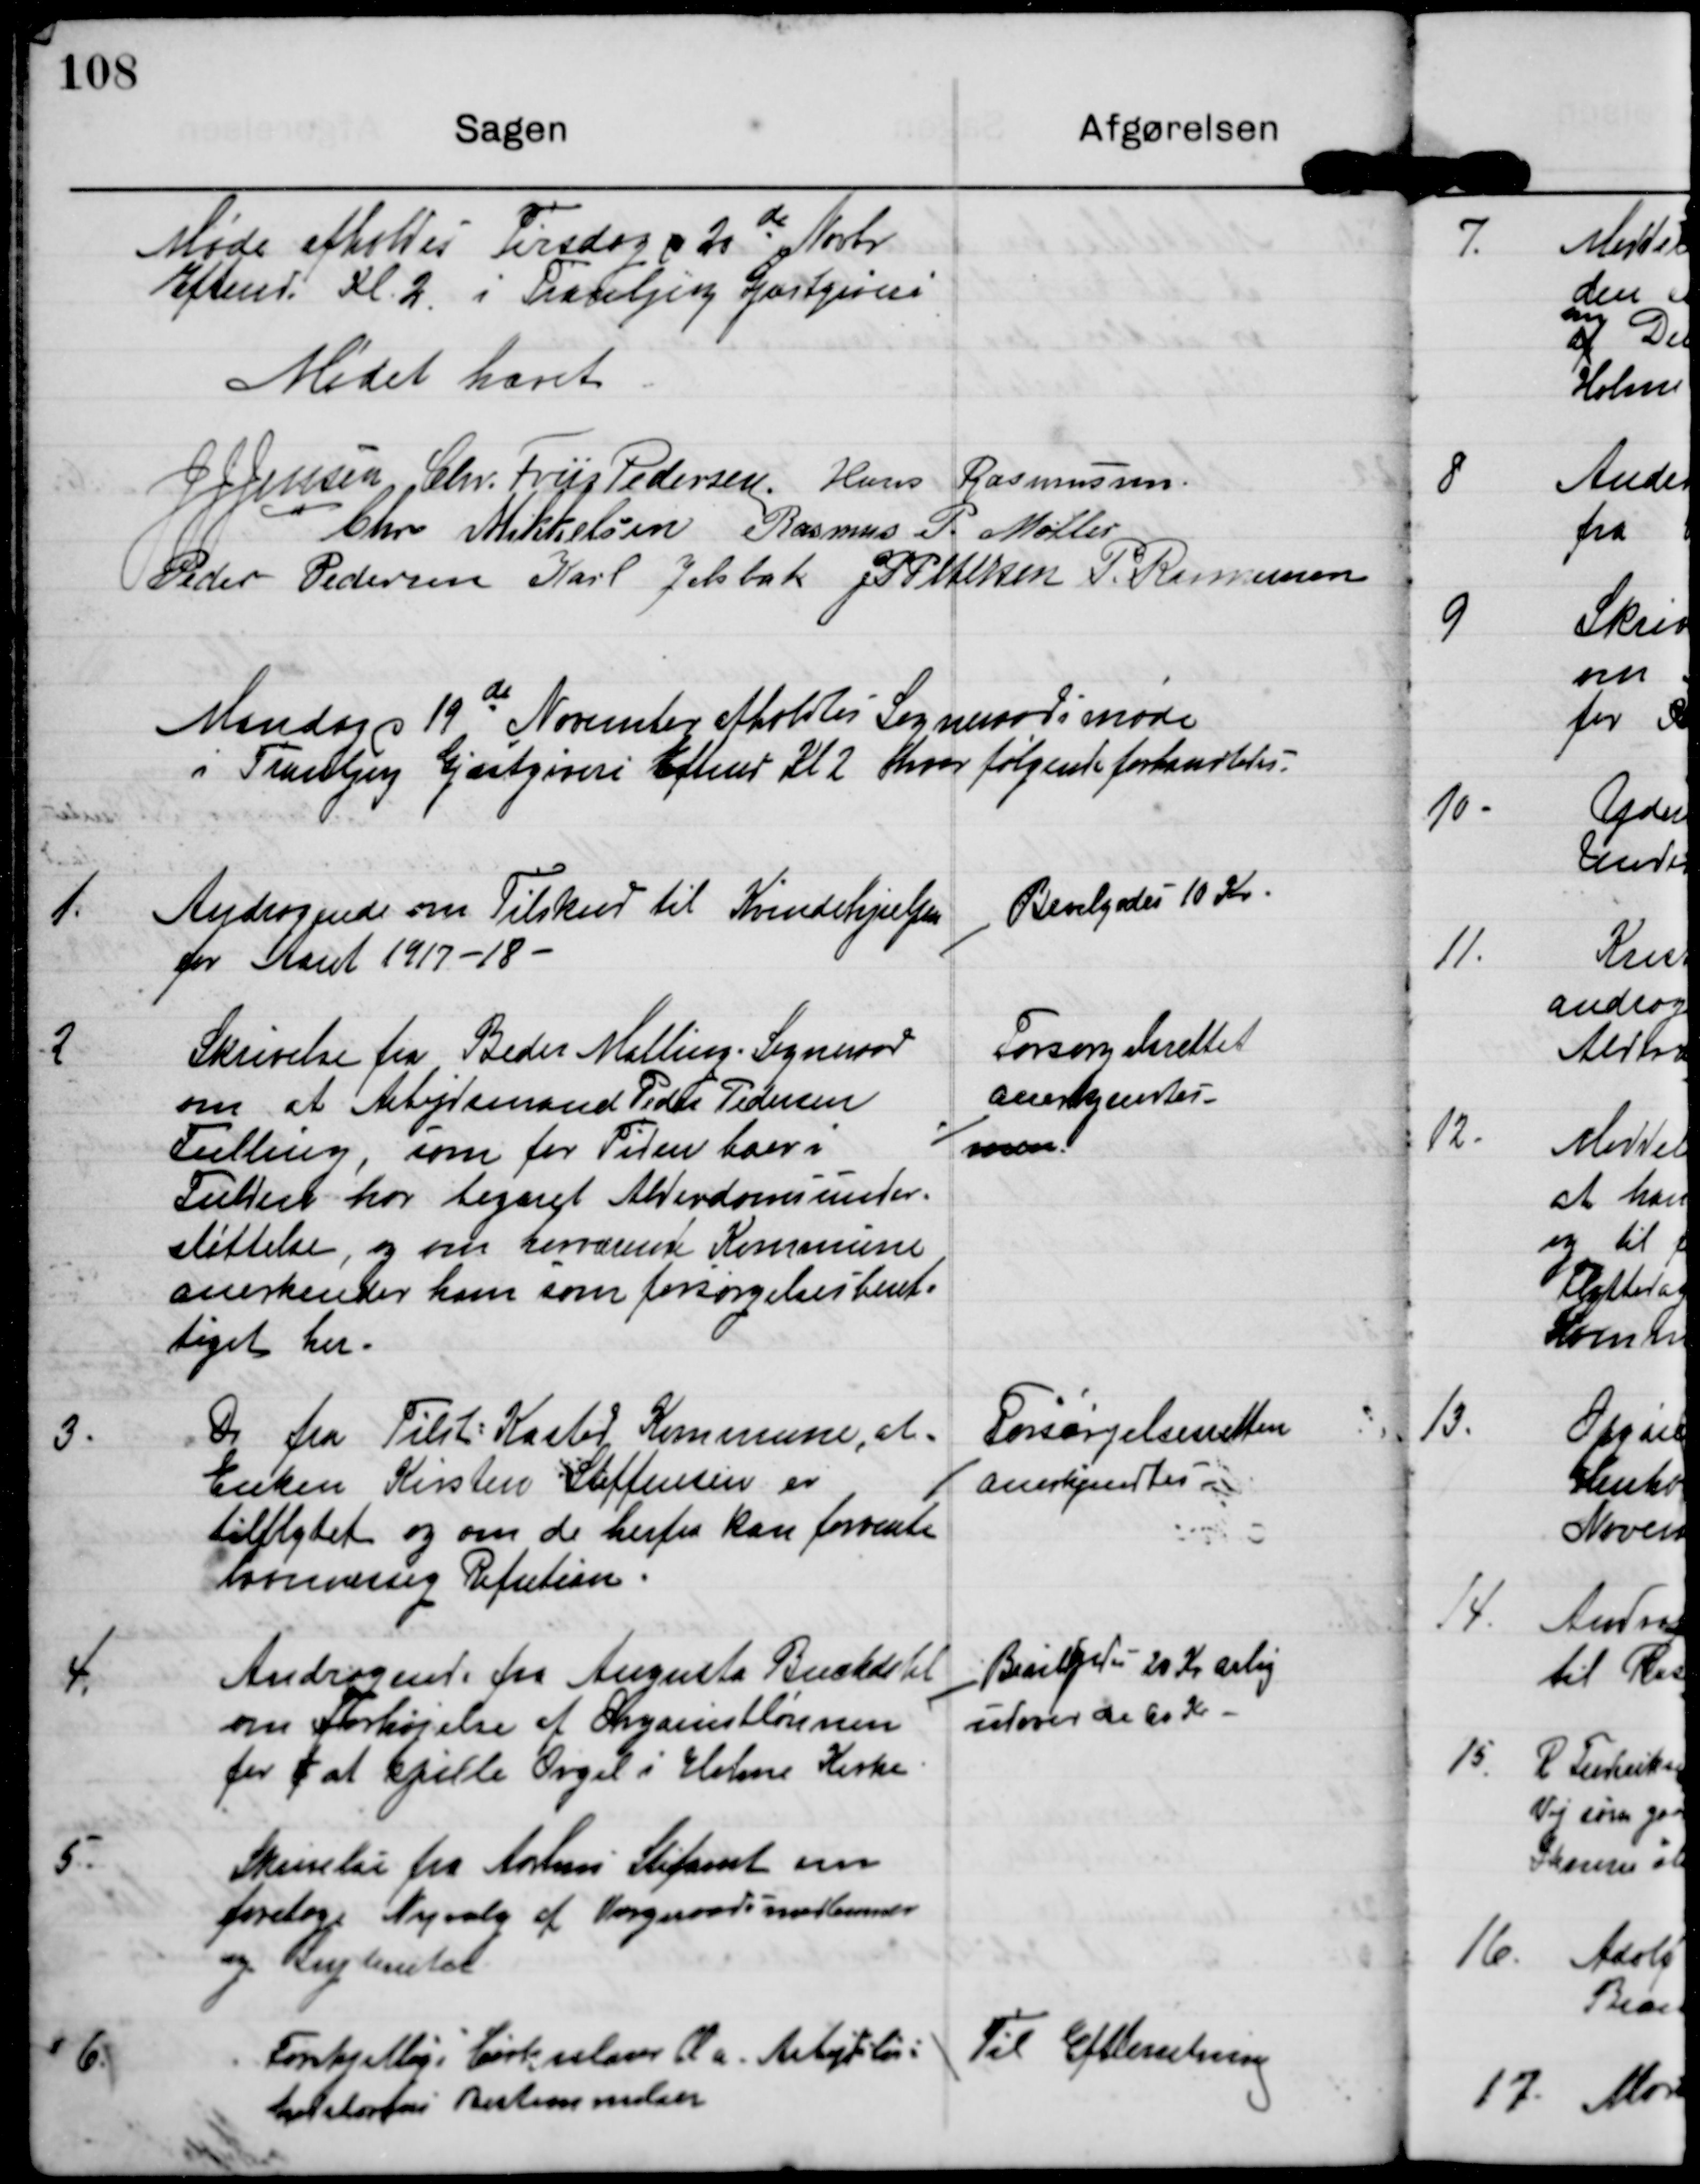
Transskription:
Møde afholdes Tirsdag d 20de Novbr.
Efterm. Kl 2 i Tranbjerg Gæstgiveri.

Mødet hævet

J J Jensen

Chr. Friis Pedersen

Hans Rasmussen

Chr Mikkelsen

Rasmus P. Møller

Peder Pedersen

Karl Jelsbak

J P Pedersen

P. Rasmussen

Mandag d 19de November afholdtes Sogneraadsmøde
i Tranbjerg Gæstgiveri Efterm. Kl 2 hvor følgende forhandledes.

1.

Andragende om Tilskud til Kvindehjælp
for Aaret 1917-18

Bevilgedes 10 Kr.

2

Skrivelse fra Beder Malling Sogneraad
om at Arbejdsmand Peder Pedersen
Frelling, som for tiden boer i
Fulden har tegnet Alderdomsunder-
støttelse, og om nærværende Kommune
anerkender ham som forsørgelsesberet-
tiget her.

Forsørgelsesrettet
anerkjentes
men

3.

Do fra Tilst-Kasted Kommune, at
Enken Kirsten Steffensen er
tilflytet og om de herfra kan forvente
lovmæssig Refution.

Forsørgelsesretten
anerkjendtes.

4.

Andragende fra Augusta Buckdahl
om forhøjelse af Organistlønnen
for at spille Orgel i Holme Kirke

Bevilget 20 kr aarlig
udover de 60 Kr.

5.

Skrivelse fra Aarhus Stiftamt om
foretage Nyvalg af Værgerådsmedlemmer
og Supleanter.

6.

Forskjellige Cirkulærer bl.a. Arbejdsløs-
hedslovens Bestemmelser.

Til Efterretning